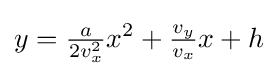
y={\tfrac {a}{2v_{x}^{2}}}x^{2}+{\tfrac {v_{y}}{v_{x}}}x+h